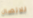
للاتصال